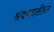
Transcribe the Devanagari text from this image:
श्रवणशक्तीवर